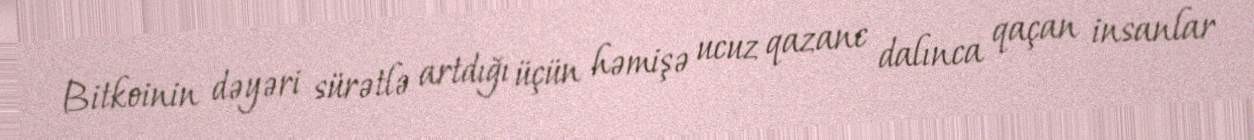
Bitkoinin dəyəri sürətlə artdığı üçün həmişə ucuz qazanc dalınca qaçan insanlar